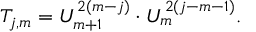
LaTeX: T _ { j , m } = U _ { m + 1 } ^ { 2 ( m - j ) } \cdot U _ { m } ^ { 2 ( j - m - 1 ) } .